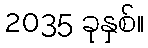
2035 ခုနှစ်။